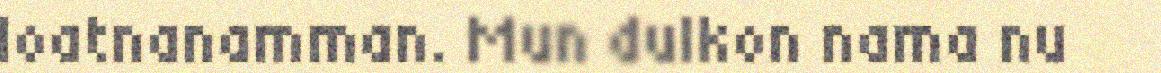
loatnanamman. Mun dulkon nama nu